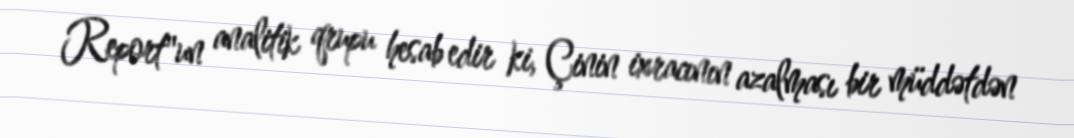
Report"un analitik qrupu hesab edir ki, Çinin ixracının azalması bir müddətdən